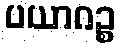
ပယာဂဉ္စ